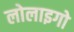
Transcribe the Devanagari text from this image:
लोलाइगो